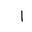
Letter: _alif